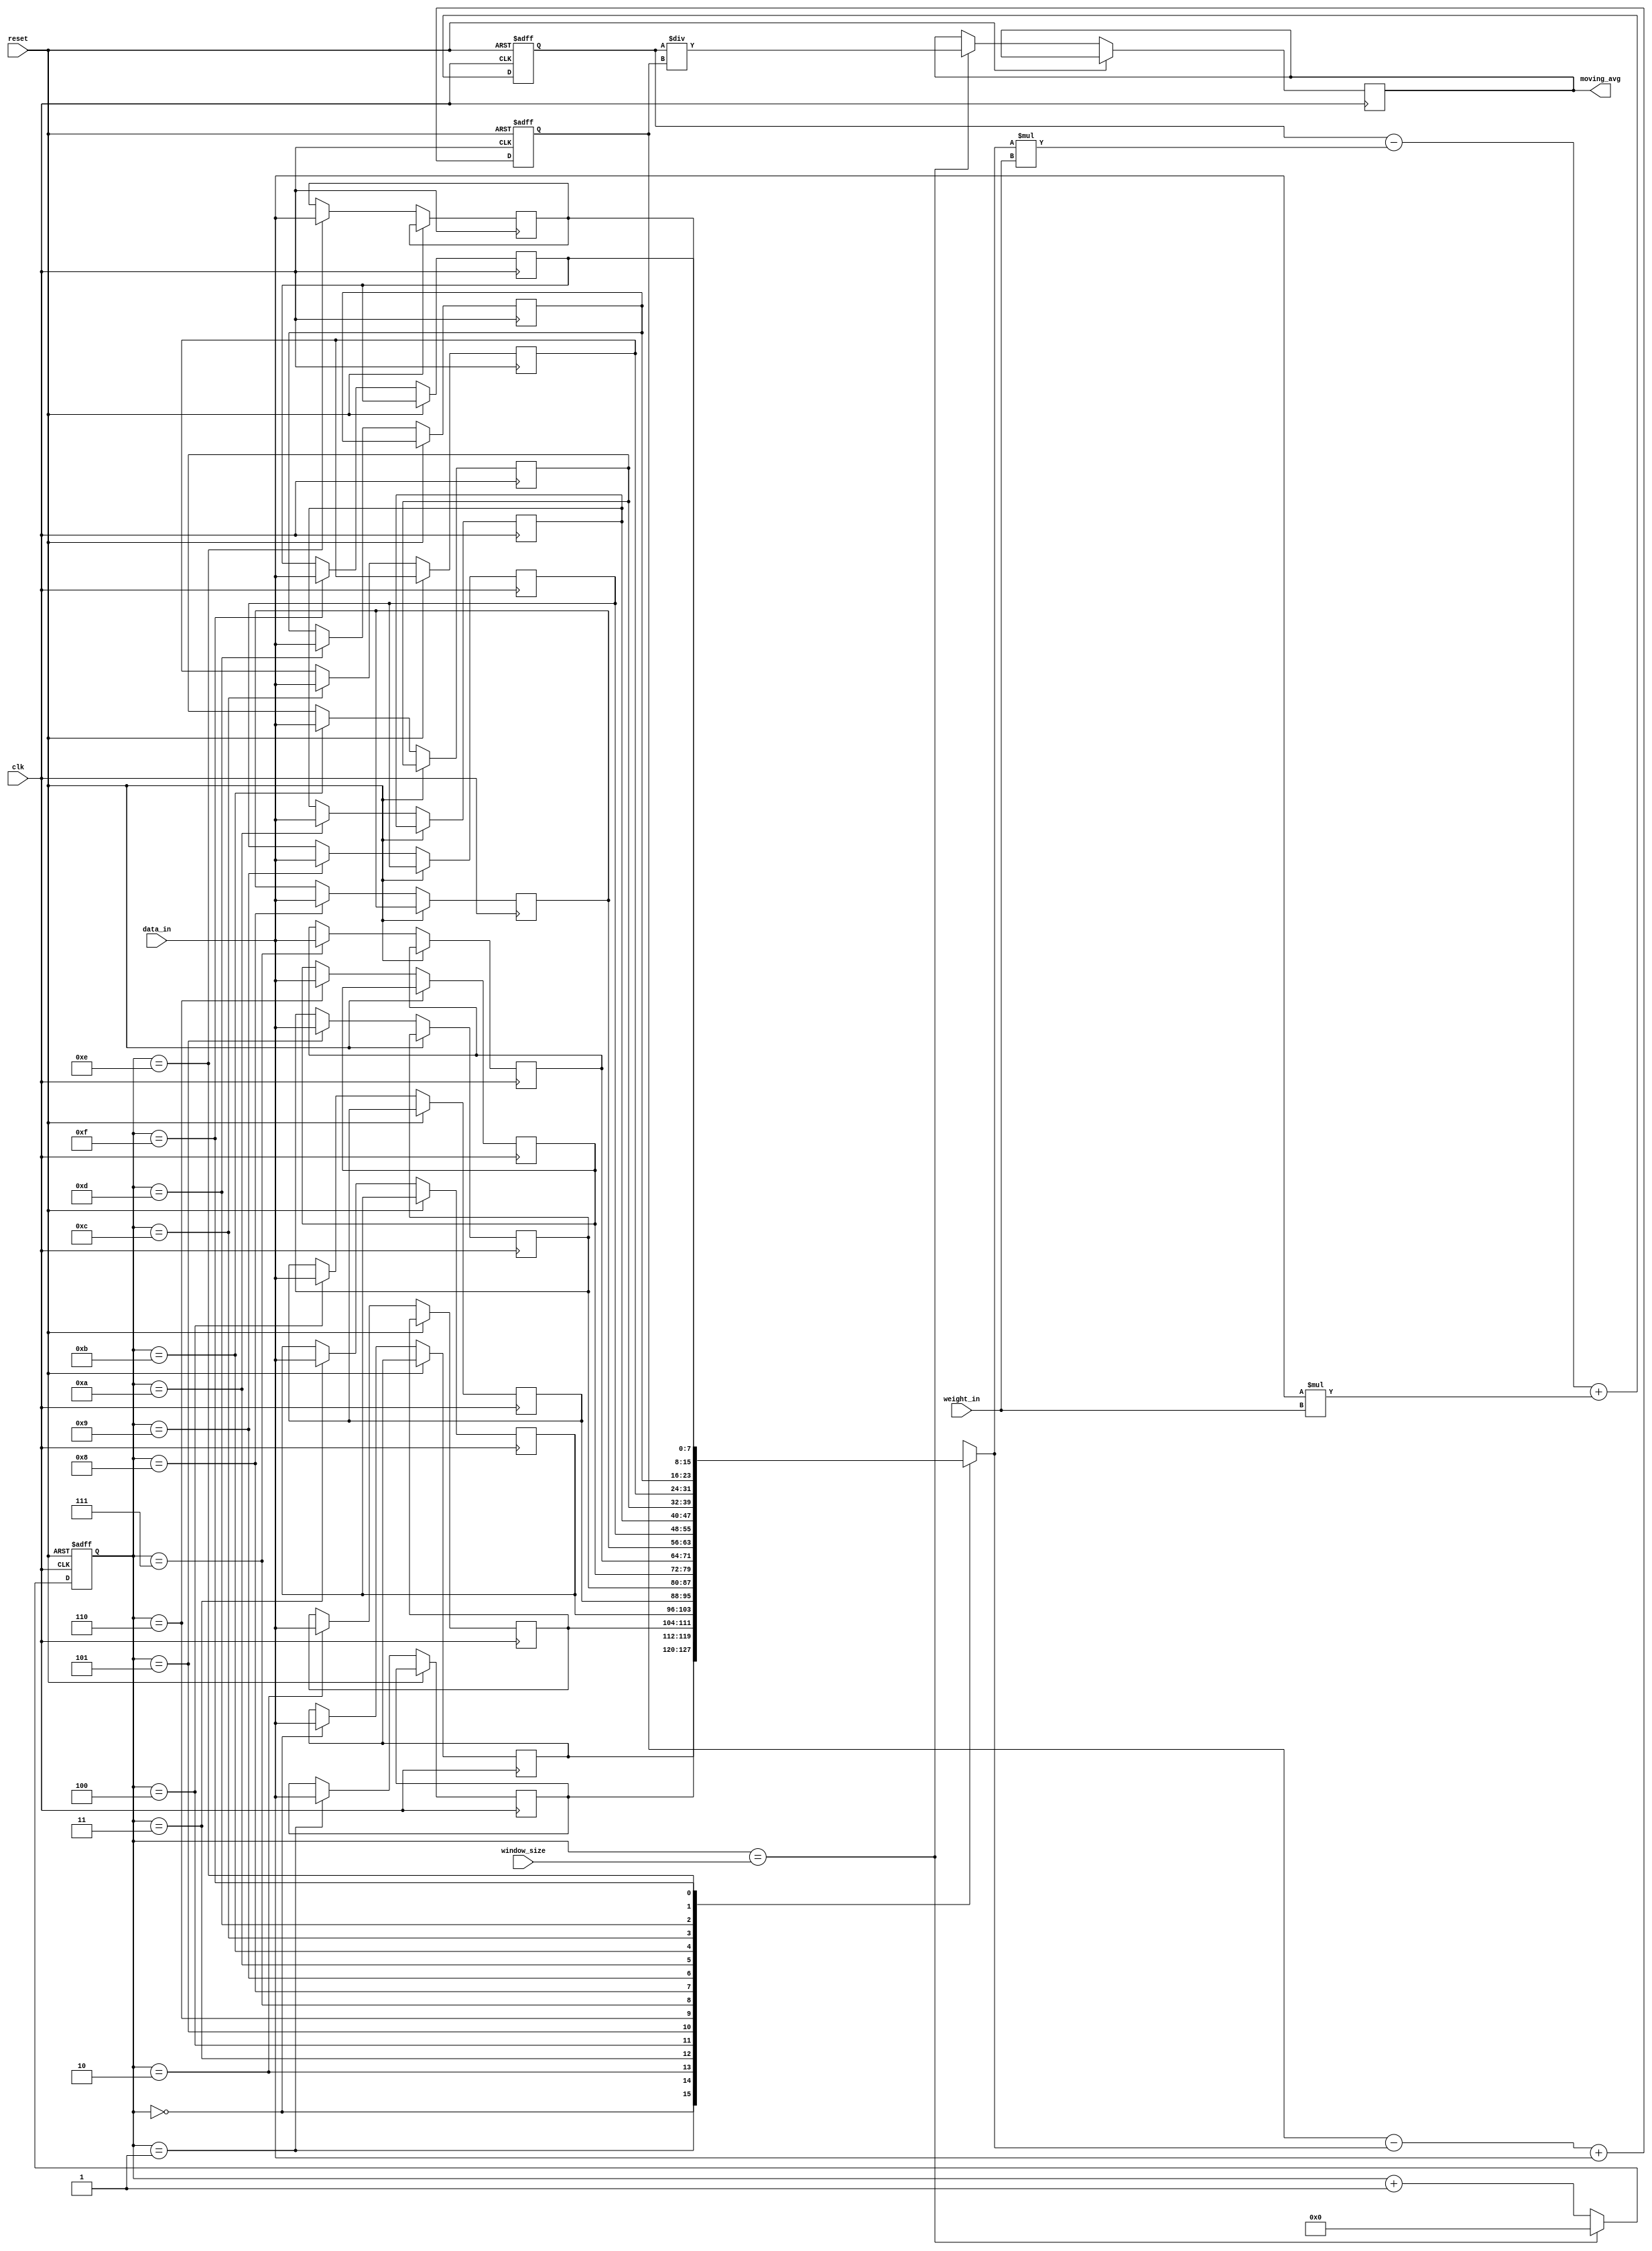
module weighted_moving_avg_accumulator(
    input wire clk,
    input wire reset,
    input wire [7:0] data_in,
    input wire [7:0] weight_in,
    input wire [3:0] window_size,
    output reg [7:0] moving_avg
);

reg [7:0] weighted_sum;
reg [7:0] weight_sum;
reg [3:0] window_counter;
reg [7:0] delay_line [0:15];

always @(posedge clk or posedge reset) begin
    if (reset) begin
        weighted_sum <= 8'd0;
        weight_sum <= 8'd0;
        window_counter <= 4'd0;
    end else begin
        weighted_sum <= weighted_sum - delay_line[window_counter] * weight_in + data_in * weight_in;
        delay_line[window_counter] <= data_in;
        weight_sum <= weight_sum - delay_line[window_counter] + data_in;
        window_counter <= window_counter + 1;
        
        if (window_counter == window_size) begin
            window_counter <= 4'd0;
            moving_avg <= weighted_sum / weight_sum;
        end
    end
end

endmodule